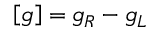
\left[ g \right] = g _ { R } - g _ { L }